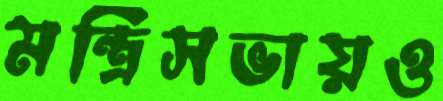
মন্ত্রিসভায়ও